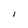
Character: I